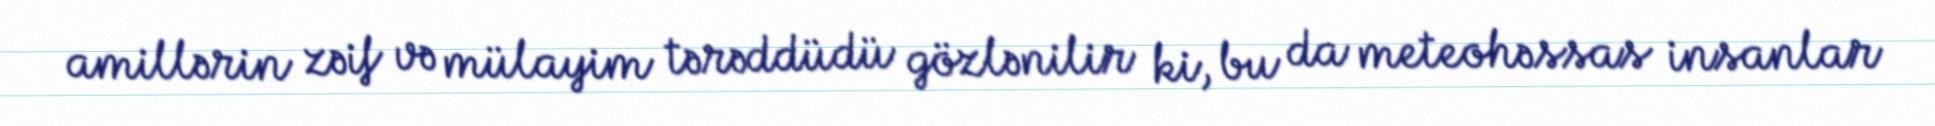
amillərin zəif və mülayim tərəddüdü gözlənilir ki, bu da meteohəssas insanlar